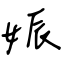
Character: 娠